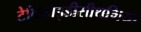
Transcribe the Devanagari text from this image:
टेकिहाइडीसीथमिया